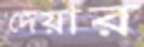
দেয়ার